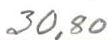
30,80